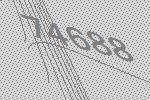
74688